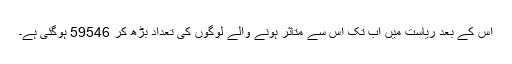
اس کے بعد ریاست میں اب تک اس سے متاثر ہونے والے لوگوں کی تعداد بڑھ کر 59546 ہوگئی ہے۔